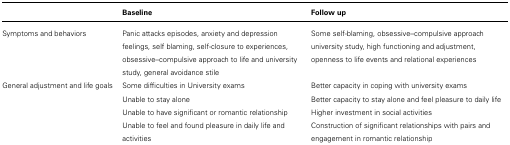
<table><thead><tr><td></td><td><b>Baseline</b></td><td><b>Follow up</b></td></tr></thead><tbody><tr><td>Symptoms and behaviors</td><td>Panic attacks episodes, anxiety and depression feelings, self blaming, self-closure to experiences, obsessive–compulsive approach to life and university study, general avoidance stile</td><td>Some self-blaming, obsessive–compulsive approach university study, high functioning and adjustment, openness to life events and relational experiences</td></tr><tr><td>General adjustment and life goals</td><td>Some difficulties in University exams</td><td>Better capacity in coping with university exams</td></tr><tr><td></td><td>Unable to stay alone</td><td>Better capacity to stay alone and feel pleasure to daily life</td></tr><tr><td></td><td>Unable to have significant or romantic relationship</td><td>Higher investment in social activities</td></tr><tr><td></td><td>Unable to feel and found pleasure in daily life and activities</td><td>Construction of significant relationships with pairs and engagement in romantic relationship</td></tr></tbody></table>